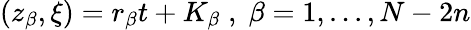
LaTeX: (z_{\beta},\xi)=r_{\beta}t+K_{\beta}\; ,\; \beta=1,...,N-2n